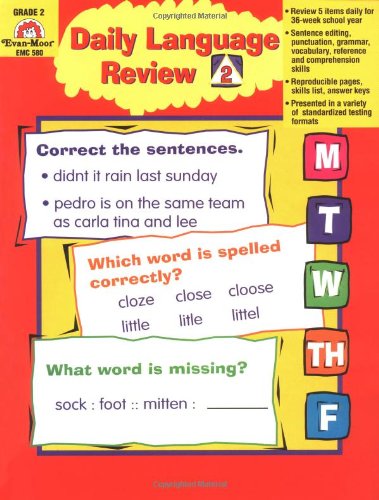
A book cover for Daily Language Review, Grade 2 (Daily Practice Series); Jo Ellen Moore; Reference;